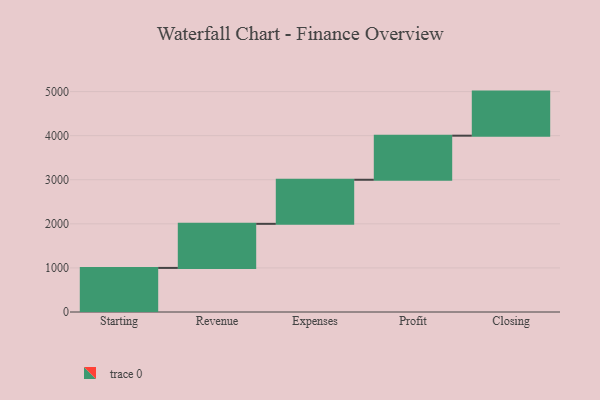
{"axis": {"x": "Step", "y": "Value"}, "legend": [""], "data": [{"x": "Starting", "y": 1000, "type": ""}, {"x": "Revenue", "y": 1000, "type": ""}, {"x": "Expenses", "y": 1000, "type": ""}, {"x": "Profit", "y": 1000, "type": ""}, {"x": "Closing", "y": 1000, "type": ""}]}